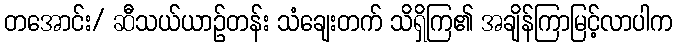
တအောင်း/ ဆီသယ်ယာဉ်တန်း သံချေးတက် သိရှိကြ၏ အချိန်ကြာမြင့်လာပါက